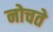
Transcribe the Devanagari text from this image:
नोचते